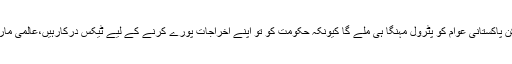
تفصیلات کے مطابق عالمی مارکیٹ میں ایک ماہ کے دوران خام تیل 15 فیصد سستا ہوا لیکن پاکستانی عوام کو پٹرول مہنگا ہی ملے گا کیونکہ حکومت کو تو اپنے اخراجات پورے کرنے کے لیے ٹیکس درکارہیں،عالمی مارکیٹ میں نومبر کے دوران خام تیل کی فی بیرل قیمت میں 7 ڈالر کی کمی ریکارڈ کی گئی۔